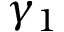
\gamma _ { 1 }